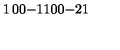
\begin{matrix} { 1 } & { 0 } & { 0 } \\ { - 1 } & { 1 } & { 0 } \\ { 0 } & { - 2 } & { 1 } \\ \end{matrix}